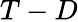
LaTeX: T-D